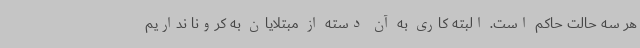
هر سه حالت حاکم است. البته کاری به آن دسته از مبتلایان به کرونا نداریم